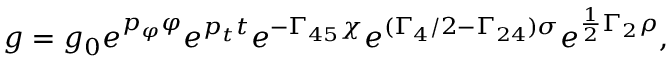
\displaystyle { g = g _ { 0 } e ^ { p _ { \varphi } \varphi } e ^ { p _ { t } t } e ^ { - \Gamma _ { 4 5 } \chi } e ^ { ( \Gamma _ { 4 } / 2 - \Gamma _ { 2 4 } ) \sigma } e ^ { \frac { 1 } { 2 } \Gamma _ { 2 } \rho } } ,